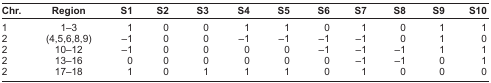
| Chr. | Region | S1 | S2 | S3 | S4 | S5 | S6 | S7 | S8 | S9 | S10 |
 | --- | --- | --- | --- | --- | --- | --- | --- | --- | --- | --- | --- |
 | 1 | 1–3 | 1 | 0 | 0 | 1 | 1 | 0 | 1 | 0 | 1 | 1 |
 | 2 | (4,5,6,8,9) | −1 | 0 | 0 | −1 | −1 | −1 | −1 | 0 | 1 | 0 |
 | 2 | 10–12 | −1 | 0 | 0 | 0 | 0 | −1 | −1 | −1 | 1 | 1 |
 | 2 | 13–16 | 0 | 0 | 0 | 0 | 0 | 0 | −1 | −1 | 0 | 1 |
 | 2 | 17–18 | 1 | 0 | 1 | 1 | 1 | 0 | 1 | 0 | 0 | 0 |